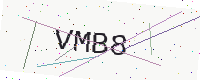
Text: VMB8